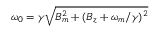
\omega _ { 0 } = \gamma \sqrt { B _ { m } ^ { 2 } + ( B _ { z } + \omega _ { m } / \gamma ) ^ { 2 } }